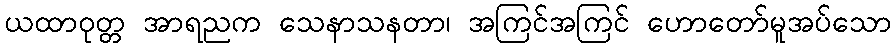
ယထာဝုတ္တ အာရညက သေနာသနတာ၊ အကြင်အကြင် ဟောတော်မူအပ်သော